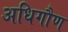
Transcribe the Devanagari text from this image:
अधिगौण